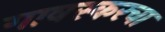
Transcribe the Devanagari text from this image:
गावस्करचा